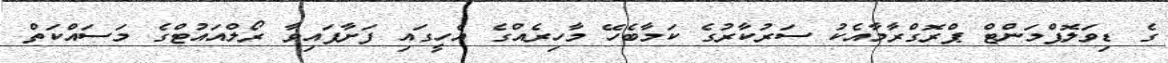
ގެ ޑިވަލޮޕްމަންޓް ޕްރޮގްރާމާއެކު ސަރުކާރުގެ ކަމާބެހޭ މާހިރެއްގެ އެހީގައި ފަށާފައިވާ ރޯލްއައުޓްގެ މަސައްކަތް